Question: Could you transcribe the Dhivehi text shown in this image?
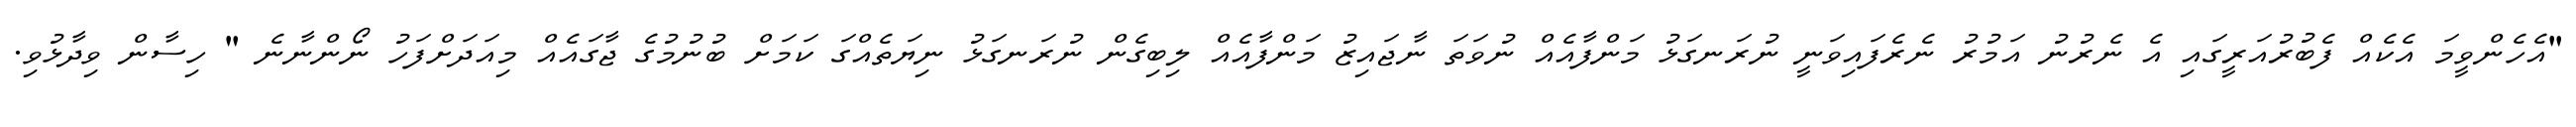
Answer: "އެހެންވީމަ އެކެއް ފެބުރުއަރީގައި އެ ނެރުނު އަމުރު ނެރެފައިވަނީ ނުރަނގަޅު މަންފާއެއް ނުވަތަ ނާޖައިޒު މަންފާއެއް ލިބިގެން ނުރަނގަޅު ނިޔަތެއްގަ ކަމަށް ބުނުމުގެ ޖާގައެއް މިއަދަށްފަހު ނޯންނާނެ " ހިސާން ވިދާޅުވި.